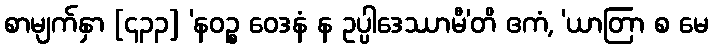
စာမျက်နှာ [၄၃၃] ‘နဝဉ္စ ဝေဒနံ န ဥပ္ပါဒေဿာမီ’တိ ဧကံ, ‘ယာတြာ စ မေ